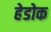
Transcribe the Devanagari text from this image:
हेडोक